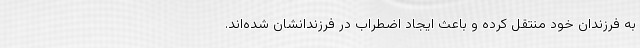
به فرزندان خود منتقل کرده و باعث ایجاد اضطراب در فرزندانشان شده‌اند.